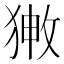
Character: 𤟸